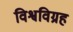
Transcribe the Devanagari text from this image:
विश्वविग्रह